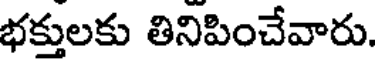
భక్తులకు తినిపించేవారు.